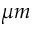
\mu m